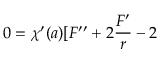
0 = \chi ^ { \prime } ( a ) [ F ^ { \prime \prime } + 2 \frac { F ^ { \prime } } r - 2